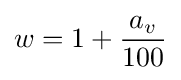
w=1+{a_{v} \over 100}